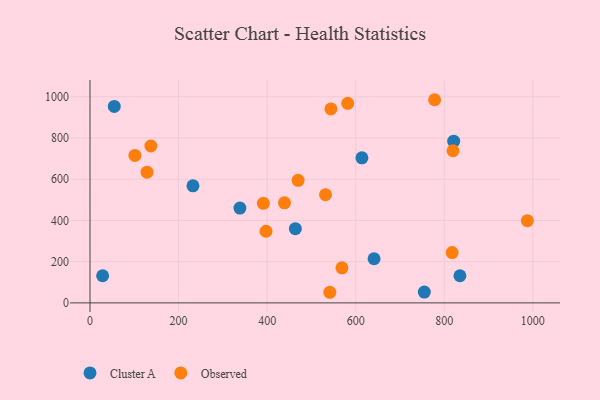
{"axis": {"x": "Investment", "y": "Rating"}, "legend": ["Cluster A", "Observed"], "data": [{"x": "614.0", "y": 703.9, "type": "Cluster A"}, {"x": "821.2", "y": 784.9, "type": "Cluster A"}, {"x": "338.5", "y": 459.9, "type": "Cluster A"}, {"x": "754.9", "y": 52.3, "type": "Cluster A"}, {"x": "463.7", "y": 359.9, "type": "Cluster A"}, {"x": "232.5", "y": 568.2, "type": "Cluster A"}, {"x": "835.3", "y": 131.7, "type": "Cluster A"}, {"x": "28.5", "y": 131.8, "type": "Cluster A"}, {"x": "54.8", "y": 953.6, "type": "Cluster A"}, {"x": "641.4", "y": 214.1, "type": "Cluster A"}, {"x": "987.6", "y": 399.2, "type": "Observed"}, {"x": "128.8", "y": 634.3, "type": "Observed"}, {"x": "819.6", "y": 738.4, "type": "Observed"}, {"x": "397.4", "y": 347.6, "type": "Observed"}, {"x": "817.7", "y": 244.2, "type": "Observed"}, {"x": "469.9", "y": 595.0, "type": "Observed"}, {"x": "581.9", "y": 968.4, "type": "Observed"}, {"x": "101.4", "y": 715.6, "type": "Observed"}, {"x": "568.9", "y": 170.3, "type": "Observed"}, {"x": "137.5", "y": 761.4, "type": "Observed"}, {"x": "778.1", "y": 985.9, "type": "Observed"}, {"x": "439.1", "y": 485.5, "type": "Observed"}, {"x": "541.5", "y": 51.5, "type": "Observed"}, {"x": "531.8", "y": 525.0, "type": "Observed"}, {"x": "391.4", "y": 483.1, "type": "Observed"}, {"x": "544.1", "y": 941.2, "type": "Observed"}]}